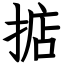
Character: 掂